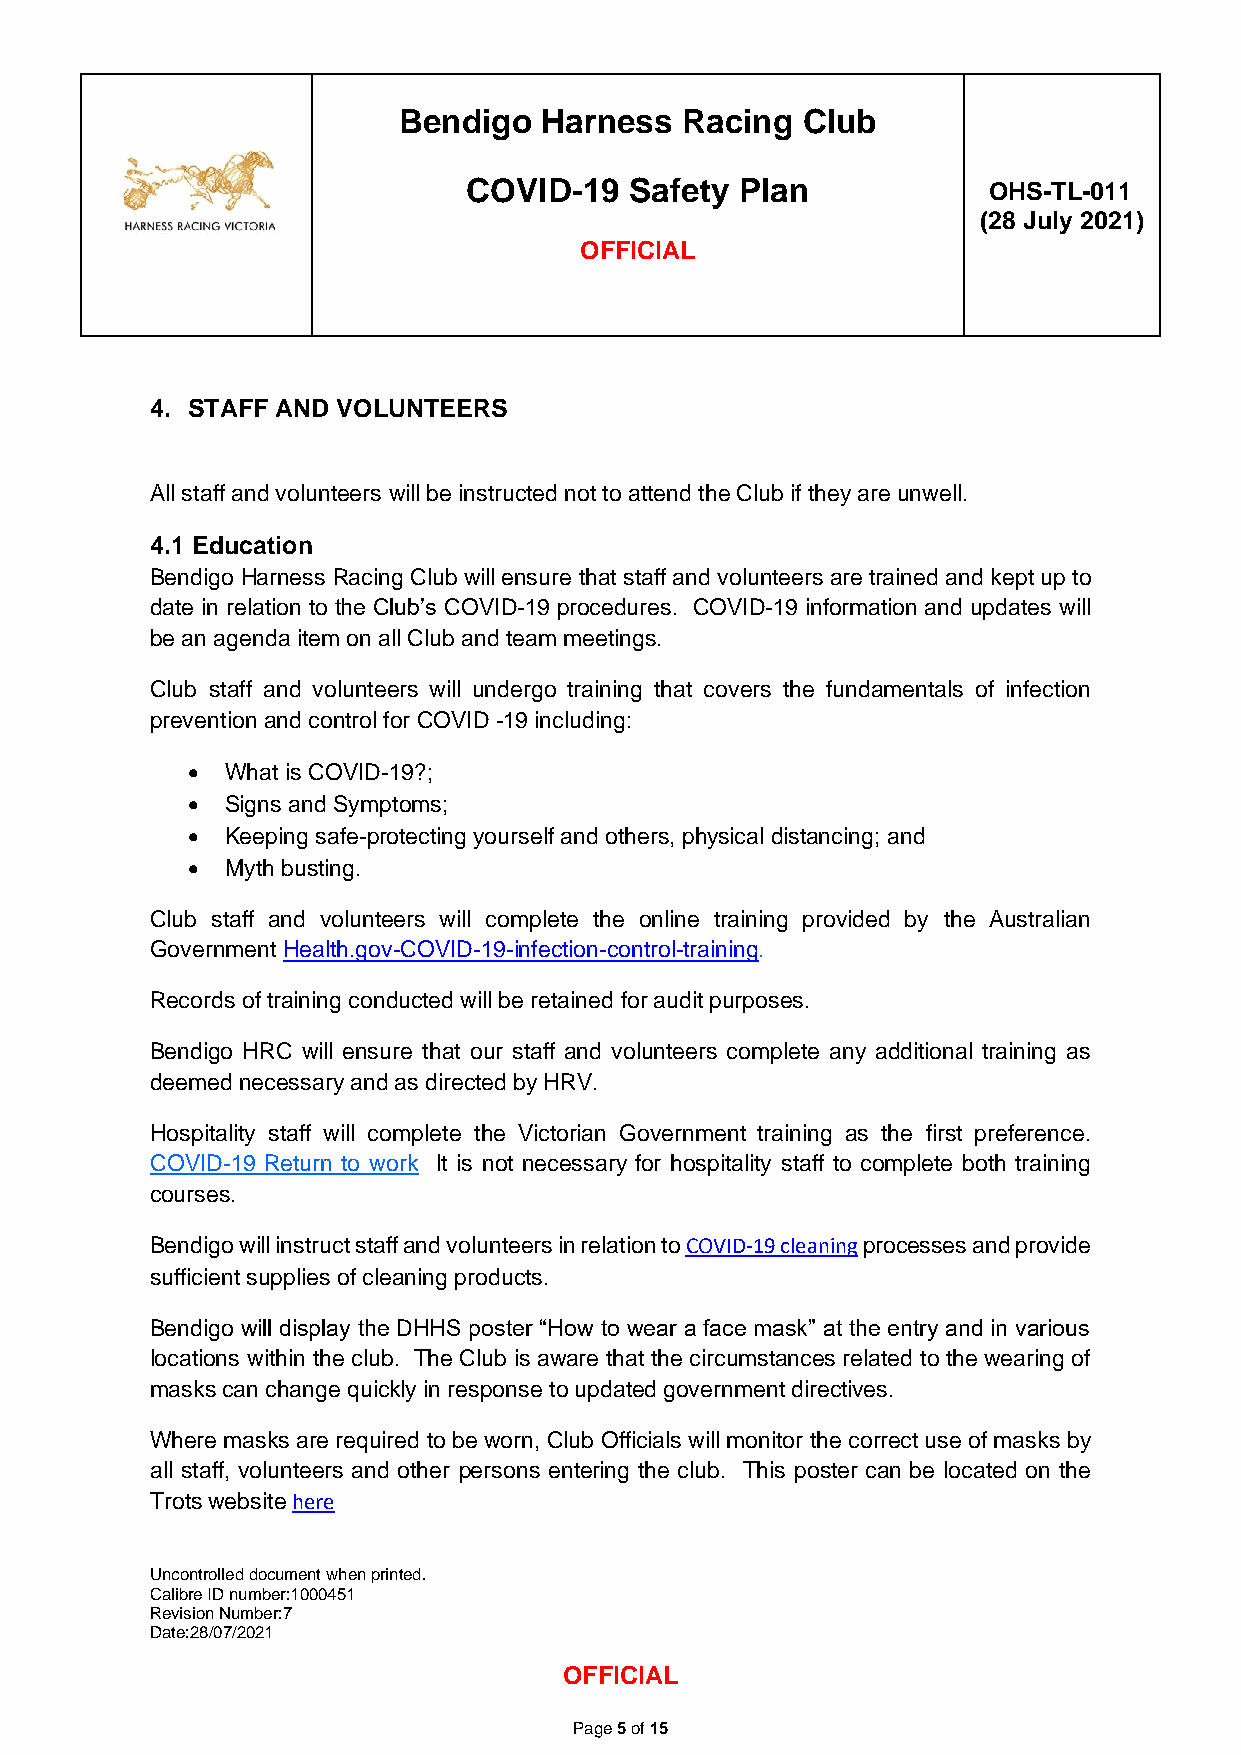
Bendigo   Harness  Racing  Club
 COVID-19   Safety Plan            OHS-TL-011
 (28 July 2021)
 OFFICIAL
 4. STAFF AND VOLUNTEERS
 All staff and volunteers will be instructed not to attend the Club if they are unwell.
 4.1 Education
 Bendigo Harness Racing Club will ensure that staff and volunteers are trained and kept up to
 date in relation to the Club’s COVID-19 procedures. COVID-19 information and updates will
 be an agenda item on all Club and team meetings.
 Club staff and volunteers will undergo training that covers the fundamentals of infection
 prevention and control for COVID -19 including:
 •  What is COVID-19?;
 •  Signs and Symptoms;
 •  Keeping safe-protecting yourself and others, physical distancing; and
 •  Myth busting.
 Club staff and volunteers will complete the online training provided by the Australian
 Government Health.gov-COVID-19-infection-control-training.
 Records of training conducted will be retained for audit purposes.
 Bendigo HRC will ensure that our staff and volunteers complete any additional training as
 deemed necessary and as directed by HRV.
 Hospitality staff will complete the Victorian Government training as the first preference.
 COVID-19 Return to work It is not necessary for hospitality staff to complete both training
 courses.
 Bendigo will instruct staff and volunteers in relation to COVID-19 cleaning processes and provide
 sufficient supplies of cleaning products.
 Bendigo will display the DHHS poster “How to wear a face mask” at the entry and in various
 locations within the club. The Club is aware that the circumstances related to the wearing of
 masks can change quickly in response to updated government directives.
 Where masks are required to be worn, Club Officials will monitor the correct use of masks by
 all staff, volunteers and other persons entering the club. This poster can be located on the
 Trots website here
 Uncontrolled document when printed.
 Calibre ID number:1000451
 Revision Number:7
 Date:28/07/2021
 OFFICIAL
 Page 5 of 15